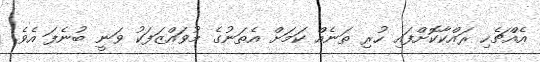
އެއްޗެހި ރައްކާކޮށްފައި ހުރި ތަނެއް ކަމަށް އެތަނުގެ މުވައްޒަފަކު ވަނީ ބުނެފަ އެވެ.